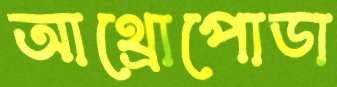
আথ্রোপোডা